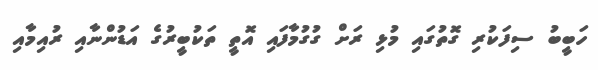
ހަބީބު ސިފަކުރި ގޮތުގައި މުޅި ރަށް ގުގުމާފައި އޮތީ ތަކުބީރުގެ އަޑުންނާއި ރުއިމާއި